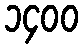
၁၄၀၀